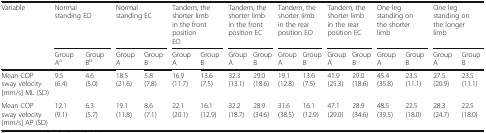
| <ROWSPAN=2> Variable | <COLSPAN=2> Normal standing EO | <COLSPAN=2> Normal standing EC | <COLSPAN=2> Tandem, the shorter limb in the front positionEO | <COLSPAN=2> Tandem, the shorter limb in the front position EC | <COLSPAN=2> Tandem, the shorter limb in the rear position EO | <COLSPAN=2> Tandem, the shorter limb in the rear position EC | <COLSPAN=2> One leg standing on the shorter limb | <COLSPAN=2> One leg standing on the longer limb |
 | Group Aa | Group Bb | Group A | Group B | Group A | Group B | GroupA | GroupB | GroupA | GroupB | GroupA | GroupB | Group A | Group B | Group A | Group B |
 | --- | --- | --- | --- | --- | --- | --- | --- | --- | --- | --- | --- | --- | --- | --- | --- | --- |
 | Mean COP sway velocity [mm/s] ML (SD) | 9.5(6.4) | 4.6(5.0) | 18.5(21.6) | 5.8(7.8) | 16.9(11.7) | 13.6(7.5) | 32.3(13.1) | 29.0(18.6) | 19.1(12.8) | 13.6(7.5) | 41.9(25.3) | 29.0(18.6) | 45.4(35.8) | 23.5(11.1) | 27.5(20.9) | 23.5(11.1) |
 | Mean COP sway velocity [mm/s] AP (SD) | 12.1 (9.1) | 6.3(5.7) | 19.1(11.8) | 8.6(7.1) | 22.1(20.1) | 16.1(12.9) | 32.2(18.7) | 28.9(34.6) | 31.6(38.5) | 16.1(12.9) | 47.1(29.0) | 28.9(34.6) | 48.5(39.5) | 22.5(18.0) | 28.3(24.7) | 22.5(18.0) |